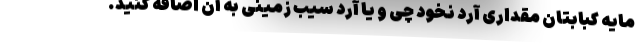
مایه کبابتان مقداری آرد نخود چی و یا آرد سیب زمینی به آن اضافه کنید.